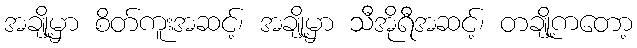
အချို့မှာ စိတ်ကူးအဆင့်၊ အချို့မှာ သီအိုရီအဆင့်၊ တချု့ိကတော့